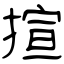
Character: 揎